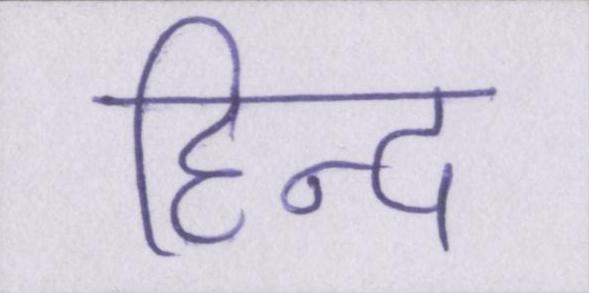
हिन्द